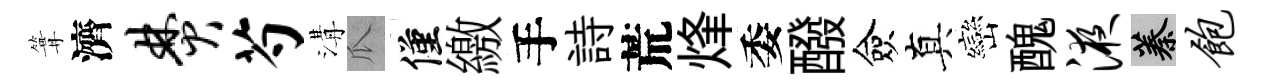
篝濟焚芍溝瓜僅繳手詩荒烽委醱僉真巒醜液蓁饱